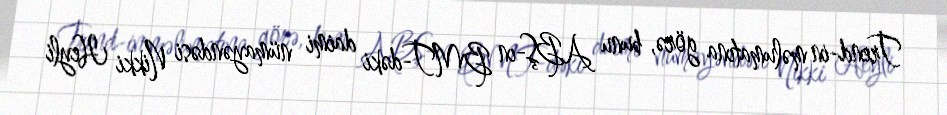
Trend-in məlumatına görə, bunu ABŞ-ın BMT-dəki daimi nümayəndəsi Nikki Heyli